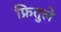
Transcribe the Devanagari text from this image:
फ्रितुले